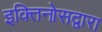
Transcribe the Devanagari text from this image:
इक्तिनोसद्वारा